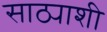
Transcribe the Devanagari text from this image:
साठ्याशी